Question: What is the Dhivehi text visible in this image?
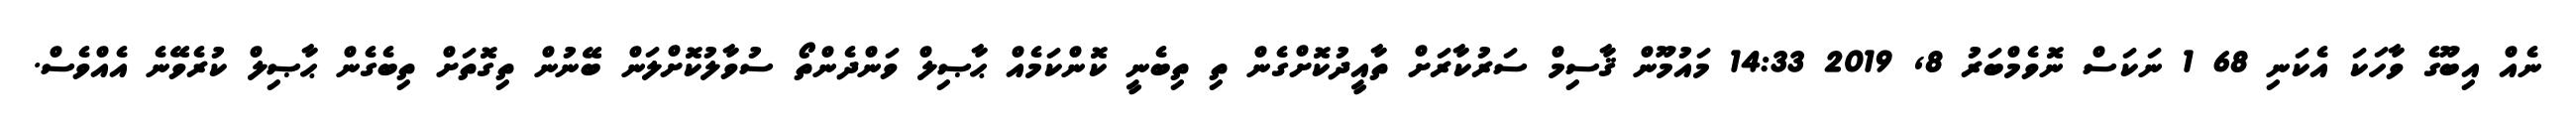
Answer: ނެއް އިބޫގެ ވާހަކަ އެކަނި 68 1 ނަކަސް ނޮވެމްބަރު 8, 2019 14:33 މައުމޫން ޤާސިމް ސަރުކާރަށް ތާއީދުކޮށްގެން ތި ތިބެނީ ކޮންކަމެއް ޙާޞިލް ވަންދެންތޯ ސުވާލުކޮށްލަން ބޭނުން ތިގޮތަށް ތިބެގެން ޙާޞިލް ކުރެވޭނެ އެއްވެސް.